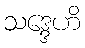
သဒ္ဒေဟိ